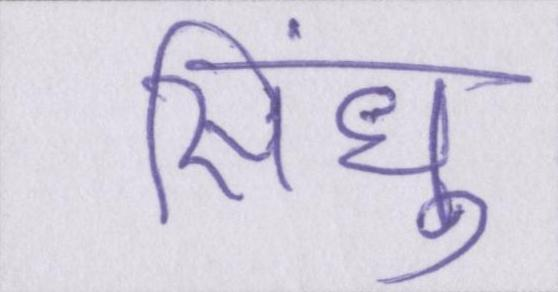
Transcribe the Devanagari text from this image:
सिंधु